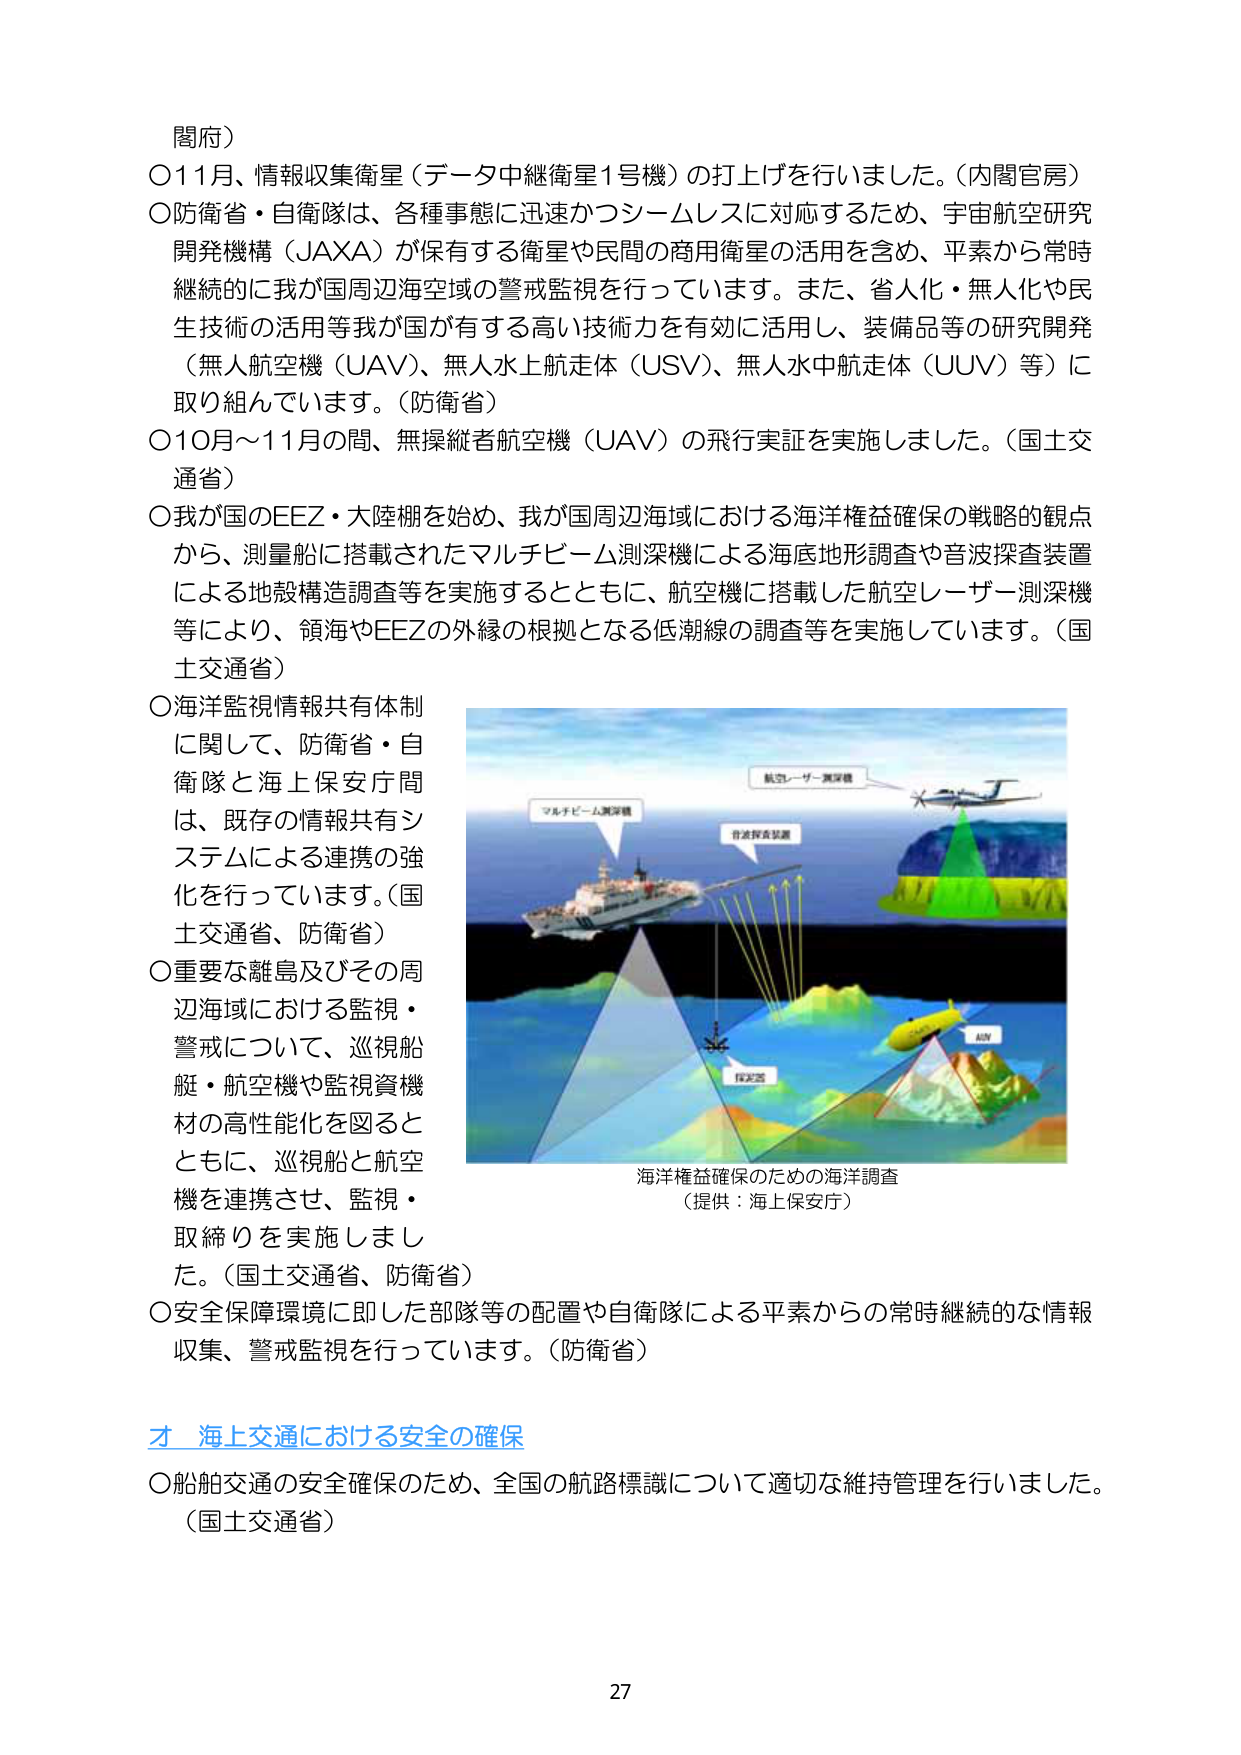
閥府）

〇11月、情報収集衛星（データ中継衛星1号機）の打上げを行いました。（内閣官房）

〇防衛省・自衛隊は、各種事態に迅速かつシームレスに対応するため、宇宙航空研究開発機構（JAXA）が保有する衛星や民間の商用衛星の活用を含め、平素から常時継続的に我が国周辺海空域の警戒監視を行っています。また、省人化・無人化や民生技術の活用等我が国が有する高い技術力を有効に活用し、装備品等の研究開発（無人航空機（UAV）、無人水上航走体（USV）、無人水中航走体（UUV）等）に取り組んでいます。（防衛省）

〇10月～11月の間、無操縦者航空機（UAV）の飛行実証を実施しました。（国土交通省）

〇我が国のEEZ・大陸棚を始め、我が国周辺海域における海洋権益確保の戦略的観点から、測量船に搭載されたマルチビーム測深機による海底地形調査や音波探査装置による地殻構造調査等を実施するとともに、航空機に搭載した航空レーザー測深機等により、領海やEEZの外縁の根拠となる低潮線の調査等を実施しています。（国土交通省）

〇海洋監視情報共有体制に関して、防衛省・自衛隊と海上保安庁間は、既存の情報共有システムによる連携の強化を行っています。（国土交通省、防衛省）

〇重要な離島及びその周辺海域における監視・警戒について、巡視船艇・航空機や監視資機材の高性能化を図るとともに、巡視船と航空機を連携させ、監視・取締りを実施しました。（国土交通省、防衛省）

〇安全保障環境に即した部隊等の配置や自衛隊による平素からの常時継続的な情報収集、警戒監視を行っています。（防衛省）

才 海上交通における安全の確保

〇船舶交通の安全確保のため、全国の航路標識について適切な維持管理を行いました。（国土交通省）

海洋権益確保のための海洋調査
（提供：海上保安庁）

マルチビーム測深機
音波探査装置
航空レーザー測深機
AUV
探査船

27